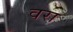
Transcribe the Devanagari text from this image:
वरा